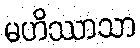
မဟိဿာသာ